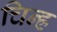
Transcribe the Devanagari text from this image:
चिन्ह्र